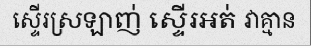
ស្ទើរស្រឡាញ់ ស្ទើរអត់ វាគ្មាន